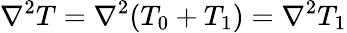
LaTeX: \nabla^{2}T=\nabla^{2}(T_{0}+T_{1})=\nabla^{2}T_{1}